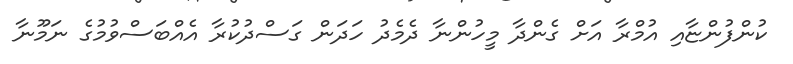
ކުންފުންޏާއި އުމްރާ އަށް ގެންދާ މީހުންނާ ދެމެދު ހަދަން ގަސްދުކުރާ އެއްބަސްވުމުގެ ނަމޫނާ